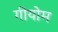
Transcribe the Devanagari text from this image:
गीयोम